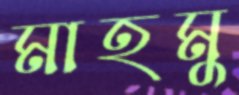
মাহমু